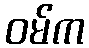
ဝမ်က